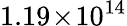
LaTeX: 1.19\! \times\! 10^{14}